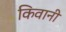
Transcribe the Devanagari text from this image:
किवानी